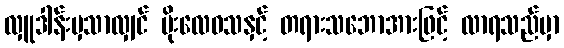
လှူဒါန်းမှသာလျှင် မိုးလေဝသနှင့် တရားသဘောအားဖြင့် လာရသည်မှာ